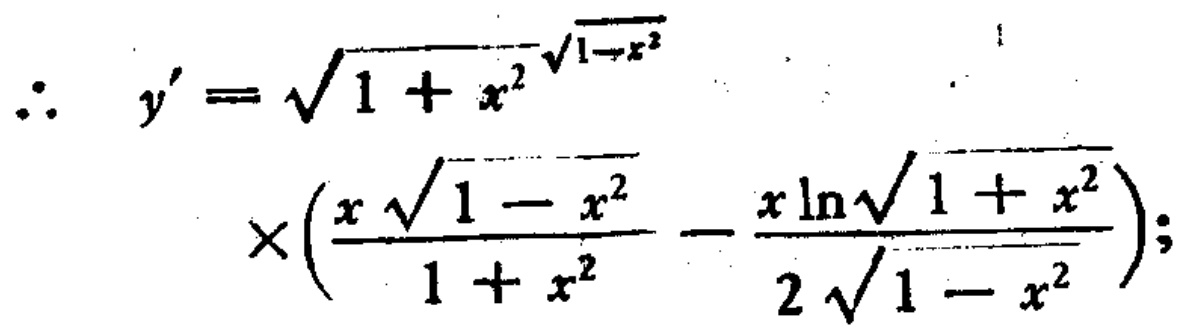
\[\begin{align*}
\therefore y'&=\sqrt{1 + x^{2}}^{\sqrt{1 - x^{2}}}\\
&\times\left(\frac{x\sqrt{1 - x^{2}}}{1 + x^{2}}-\frac{x\ln\sqrt{1 + x^{2}}}{2\sqrt{1 - x^{2}}}\right);
\end{align*}\]